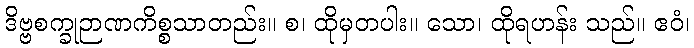
ဒိဗ္ဗစက္ခုဉာဏကိစ္စသာတည်း။ စ၊ ထိုမှတပါး။ သော၊ ထိုရဟန်း သည်။ ဧဝံ၊